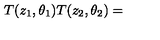
T ( z _ { 1 } , \theta _ { 1 } ) T ( z _ { 2 } , \theta _ { 2 } ) =